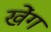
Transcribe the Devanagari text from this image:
खेंग